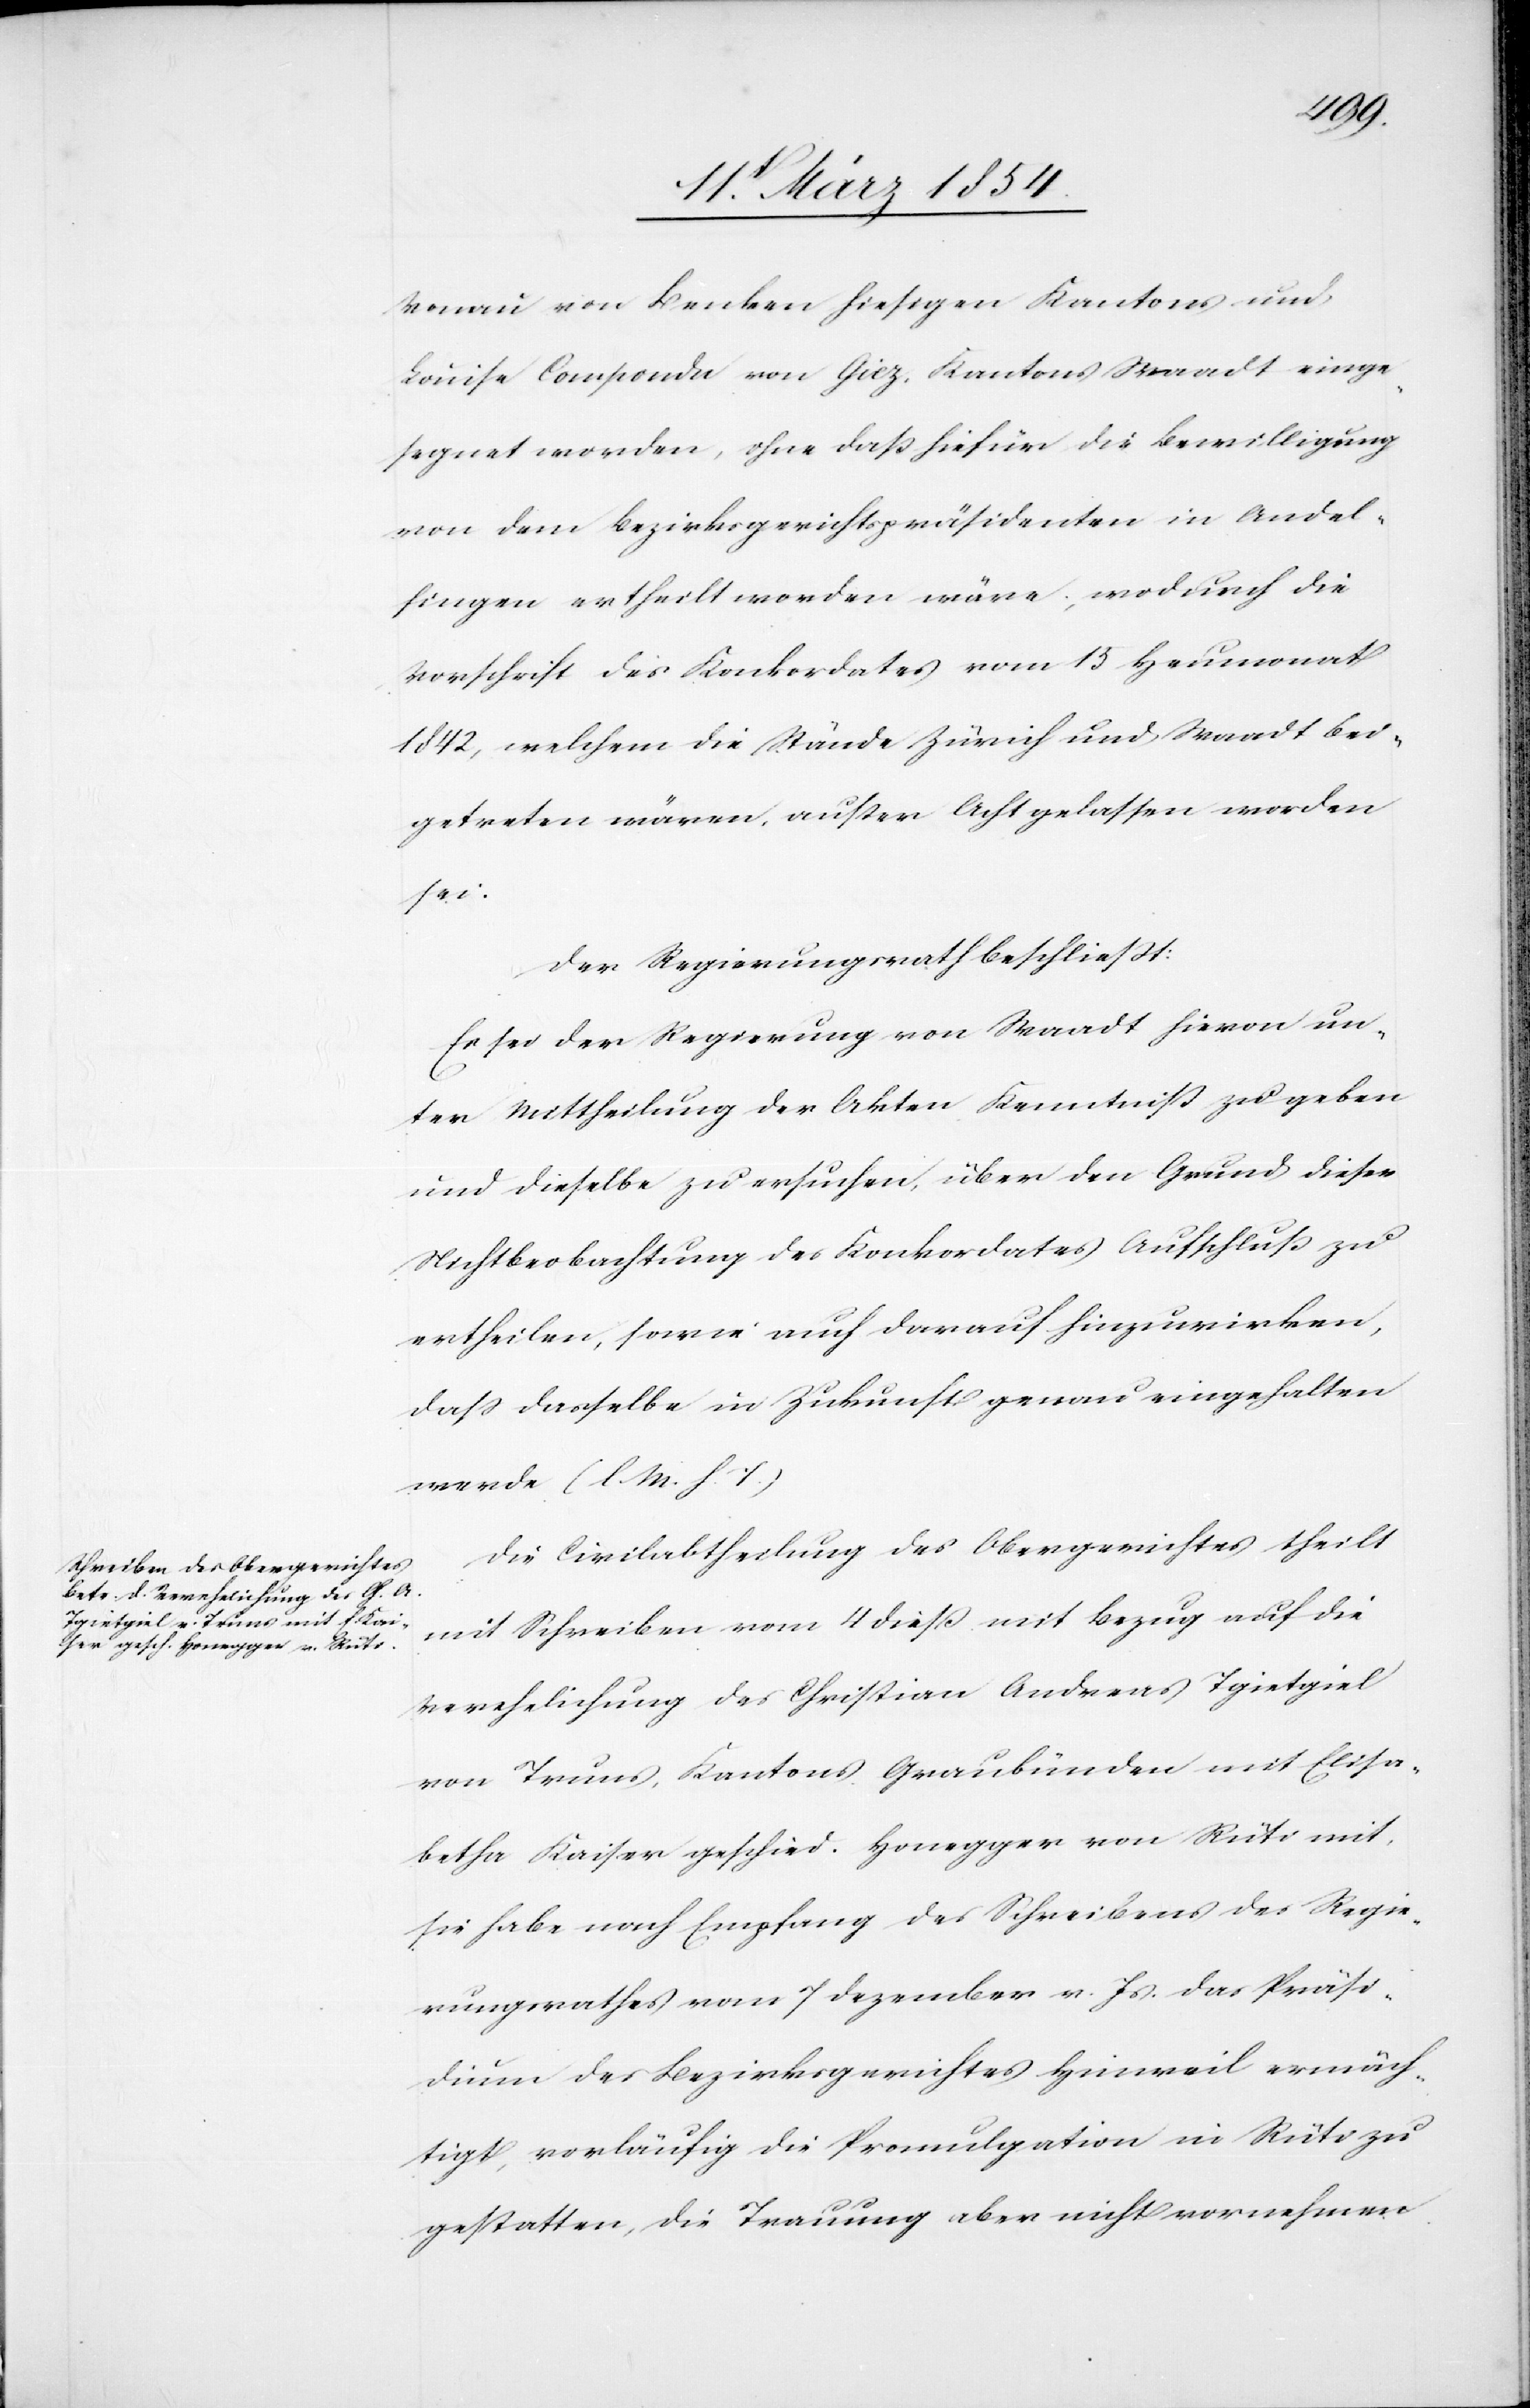
Vonau von Benken hiesigen Kantons und
Louise Compondi von Giez, Kantons Waadt einge¬
segnet worden, ohne daß hiefür die Bewilligung
von dem Bezirksgerichtspräsidenten in Andel¬
fingen ertheilt worden wäre; wodurch die
Vorschrift des Konkordates vom 15 Heumonat
1842, welchem die Stände Zürich und Waadt bei¬
getreten waren, außer Acht gelassen worden
sei.
Der Regierungsrath beschließt:
Es sei der Regierung von Waadt hievon un¬
ter Mittheilung der Akten Kenntniß zu geben
und dieselbe zu ersuchen, über den Grund dieser
Nichtbeobachtung des Konkordates Aufschluß zu
ertheilen, sowie auch darauf hinzuwirken,
daß dasselbe in Zukunft genau eingehalten
werde. (l. M. h. T.)
Die Civilabtheilung des Obergerichtes theilt
mit Schreiben vom 4 dieß mit Bezug auf die
Verehelichung des Christian Andreas Tgietgiel
von Truns, Kantons Graubünden mit Elisa¬
betha Kaiser geschied. Honegger von Rüti mit,
sie habe nach Empfang des Schreibens des Regie¬
rungsrathes vom 7 Dezember v. Js das Präsi¬
dium des Bezirksgerichtes Hinweil ermäch¬
tigt, vorläufig die Promulgation in Rüti zu
gestatten, die Trauung aber nicht vornehmen